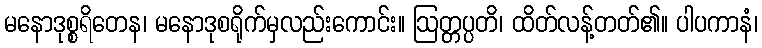
မနောဒုစ္စရိတေန၊ မနောဒုစရိုက်မှလည်းကောင်း။ ဩတ္တပ္ပတိ၊ ထိတ်လန့်တတ်၏။ ပါပကာနံ၊